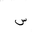
Letter: _sin